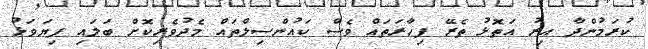
ކުރަމުންދާ އިރު އަތޮޅު ތެރޭ ފިހާރަތައް ވެސް ކައުންސިލްތައް މެދުވެރިކޮށް ބަލައި ފިޔަވަޅު